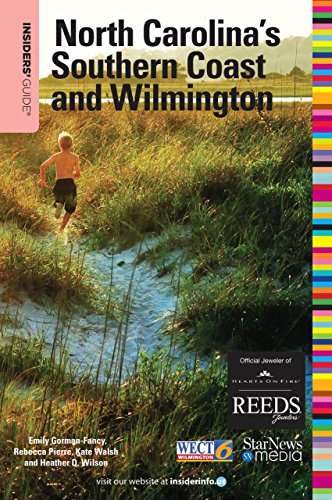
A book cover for Insiders' GuideÂ® to North Carolina's Southern Coast and Wilmington, 17th (Insider's Guide to North Carolina's Southern Coast & Wilmington); Rebecca Pierre; Travel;